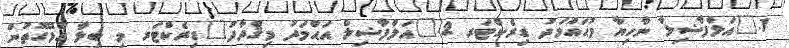
1.	އަލްފާޟިލާ ނާހިޔާ މުޙައްމަދު ޑިރެކްޓަރ 2.	އަލްފާޟިލް އަޙްމަދު މިޤްދާދު	ޑިރެކްޓަރ މި ބިލާ ގުޅޭގޮތުން